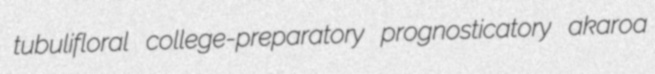
tubulifloral college-preparatory prognosticatory akaroa